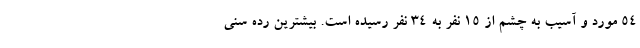
54 مورد و آسیب به چشم از 15 نفر به 34 نفر رسیده است. بیشترین رده سنی